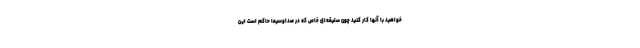
خواهید با آنها کار کنید چون سلیقه‌ای خاص که در صداوسیما حاکم است این